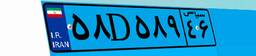
۰۷D۷۳۶۷۸